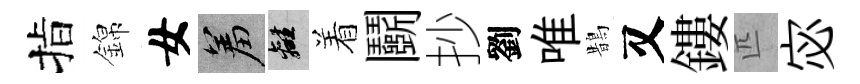
指錦女羞離着鬬抄劉唯鵲又鏤匹宓